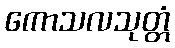
ကောသလသုတ္တံ